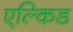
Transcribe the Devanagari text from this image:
एल्किड